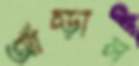
আঁচ্‌ড়াল